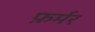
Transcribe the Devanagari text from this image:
फ़र्मर